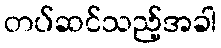
တပ်ဆင်သည့်အခါ